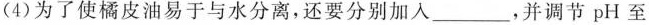
(4)为了使橘皮油易于与水分离，还要分别加入___，并调节pH至